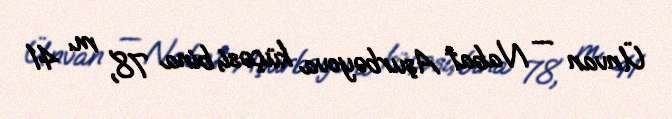
Ünvan — Nabat Aşurbəyova küçəsi, bina 78, m. 41